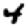
Digit: 4